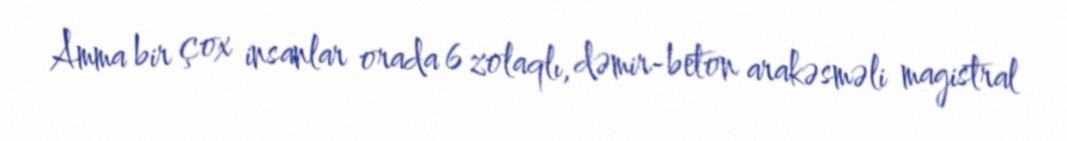
Amma bir çox insanlar orada 6 zolaqlı, dəmir-beton arakəsməli magistral